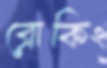
ব্রোকিং